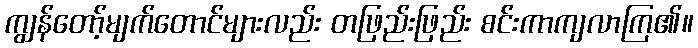
ကျွန်တော့်မျက်တောင်များလည်း တဖြည်းဖြည်း စင်းကာကျလာကြ၏။